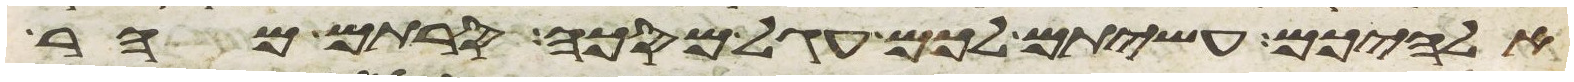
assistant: אלהיכם עשיתם לכם עגל מסכה סרתם מהר